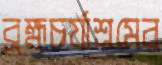
ব্রহ্মচর্যাশ্রমের